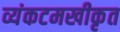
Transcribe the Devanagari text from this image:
व्यंकटमखीकृत